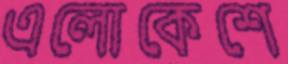
এলোকেশে